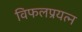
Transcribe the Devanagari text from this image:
विफलप्रयत्न